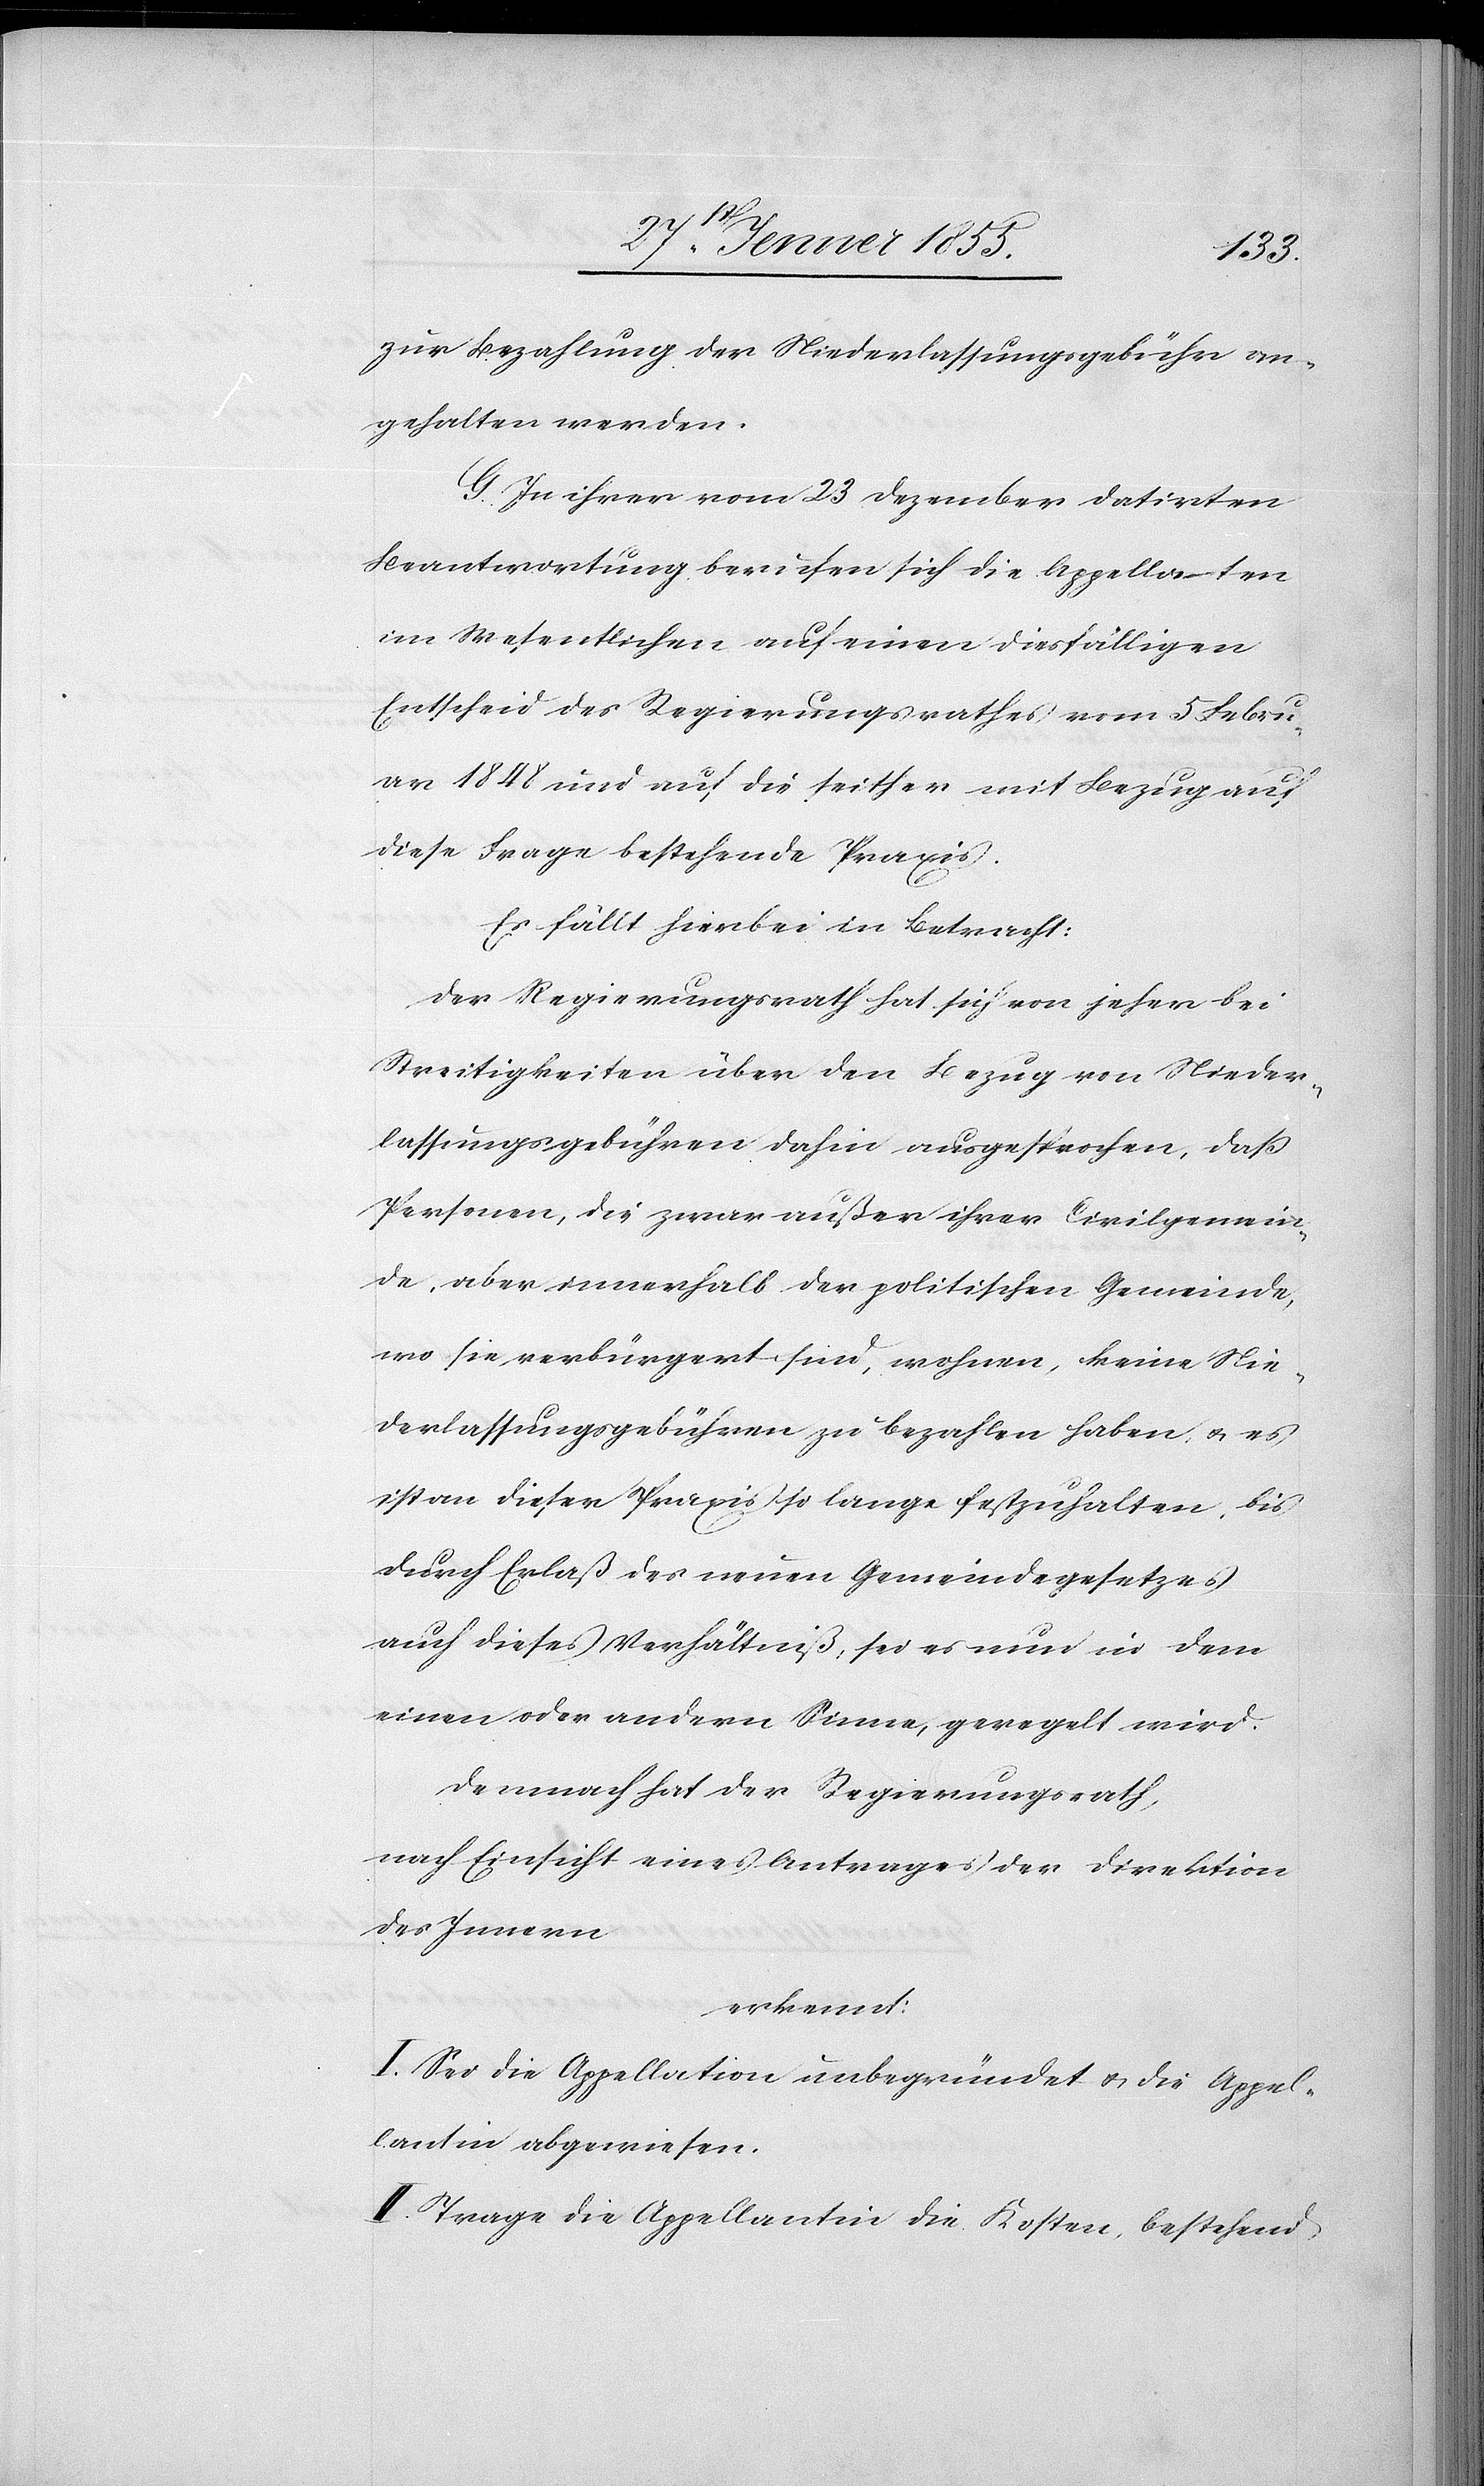
zur Bezahlung der Niederlassungsgebühr an¬
gehalten werden.
G. In ihrer vom 23 Dezember datirten
Beantwortung beriefen sich die Appellaten
im Wesentlichen auf einen diesfälligen
Entscheid des Regierungsrathes vom 5 Febru¬
ar 1848 und auf die seither mit Bezug auf
diese Frage bestehende Praxis.
Es fällt hierbei in Betracht:
Der Regierungsrath hat sich von jeher bei
Streitigkeiten über den Bezug von Nieder¬
lassungsgebühren dahin ausgesprochen, daß
Personen, die zwar außer ihrer Civilgemein¬
de, aber innerhalb der politischen Gemeinde,
wo sie verbürgert sind, wohnen, keine Nie¬
derlassungsgebühren zu bezahlen haben, & es
ist an dieser Praxis so lange festzuhalten, bis
durch Erlaß des neuen Gemeindegesetzes
auch dieses Verhältniß, sei es nun in dem
einen oder andern Sinne, geregelt wird.
Demnach hat der Regierungsrath,
nach Einsicht eines Antrages der Direktion
des Innern
erkennt:
I. Sei die Appellation unbegründet & die Appel¬
lantin abgewiesen.
II. Trage die Appellantin die Kosten, bestehend